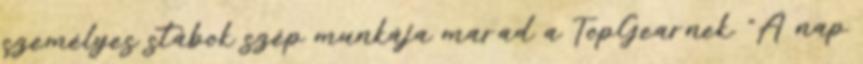
személyes stábok szép munkája marad a TopGearnek. "A nap